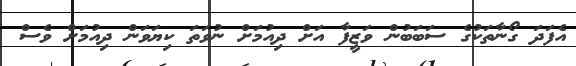
އެފަދަ ގޯނާތަކުގެ ސަބަބުން ވަޒީފާ އަށް ދިއުމަށް ނުވަތަ ކިޔަވަން ދިއުމަށް ވެސް